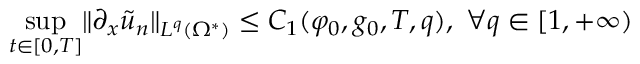
\operatorname* { s u p } _ { t \in [ 0 , T ] } \lVert \partial _ { x } \tilde { u } _ { n } \rVert _ { L ^ { q } ( \Omega ^ { * } ) } \leq C _ { 1 } ( \varphi _ { 0 } , g _ { 0 } , T , q ) , \ \forall q \in [ 1 , + \infty )